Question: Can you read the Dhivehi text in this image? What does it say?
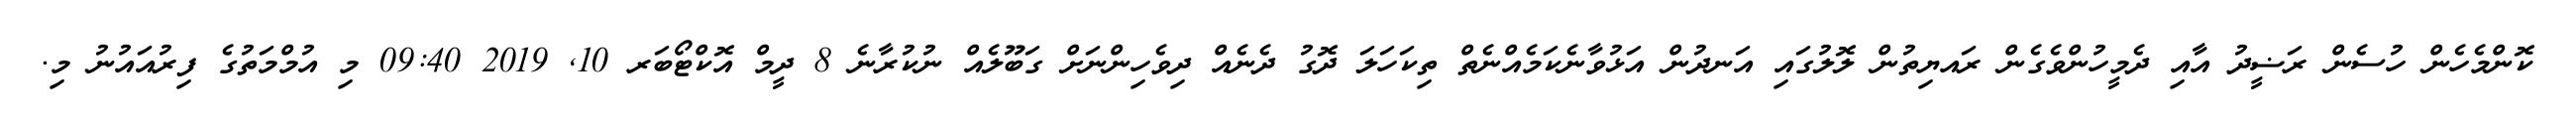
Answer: ކޮންމެހެން ހުސެން ރަޟީދު އާއި ދެމީހުންވެގެން ރައޔިތުން ލޮލުގައި އަނދުން އަޅުވާނެކަމެއްނެތް ތިކަހަލަ ދޮގު ދެނެއް ދިވެހިންނަށް ގަބޫލެއް ނުކުރާނެ 8 ދީމް އޮކްޓޯބަރ 10, 2019 09:40 މި އުމްމަތުގެ ފިރުއައުނު މި.